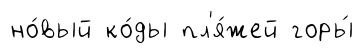
но́вый ко́ды пл'я́жей горы́